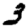
Digit: 3